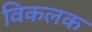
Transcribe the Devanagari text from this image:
विकलक